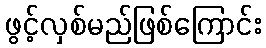
ဖွင့်လှစ်မည်ဖြစ်ကြောင်း